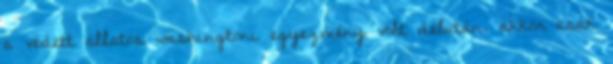
a védett állatos washingtoni egyezmény volt délután, akkor csak